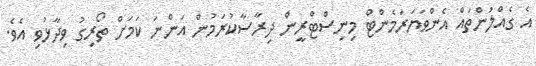
އެ ގެއްލުންތައް އެންވަޔަރަމެންޓް މިނިސްޓްރީން ދިރާސާކުރަމުން އަންނަ ކަމަށް ތޯރިގު ވިދާޅުވި އެވެ.